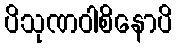
ပိသုဏဝါစိနောပိ